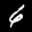
Label: 6